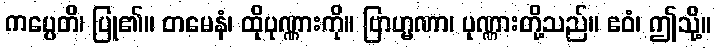
ကပ္ပေတိ၊ ပြု၏။ တမေနံ၊ ထိုပုဏ္ဏားကို။ ဗြာဟ္မဏာ၊ ပုဏ္ဏားတို့သည်။ ဧဝံ၊ ဤသို့။